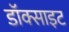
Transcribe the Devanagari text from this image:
डॉक्साइट